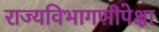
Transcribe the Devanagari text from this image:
राज्यविभागणीपेक्षा